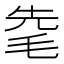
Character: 𣭟